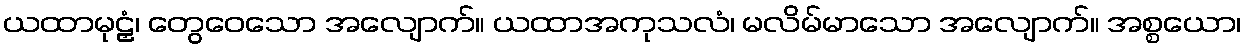
ယထာမုဠှံ၊ တွေဝေသော အလျောက်။ ယထာအကုသလံ၊ မလိမ်မာသော အလျောက်။ အစ္စယော၊